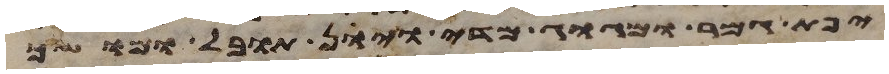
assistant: יפת גמר ומגוג מדי ויון תובל מושך